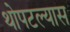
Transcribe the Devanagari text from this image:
थोपटल्यास